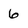
Character: 6